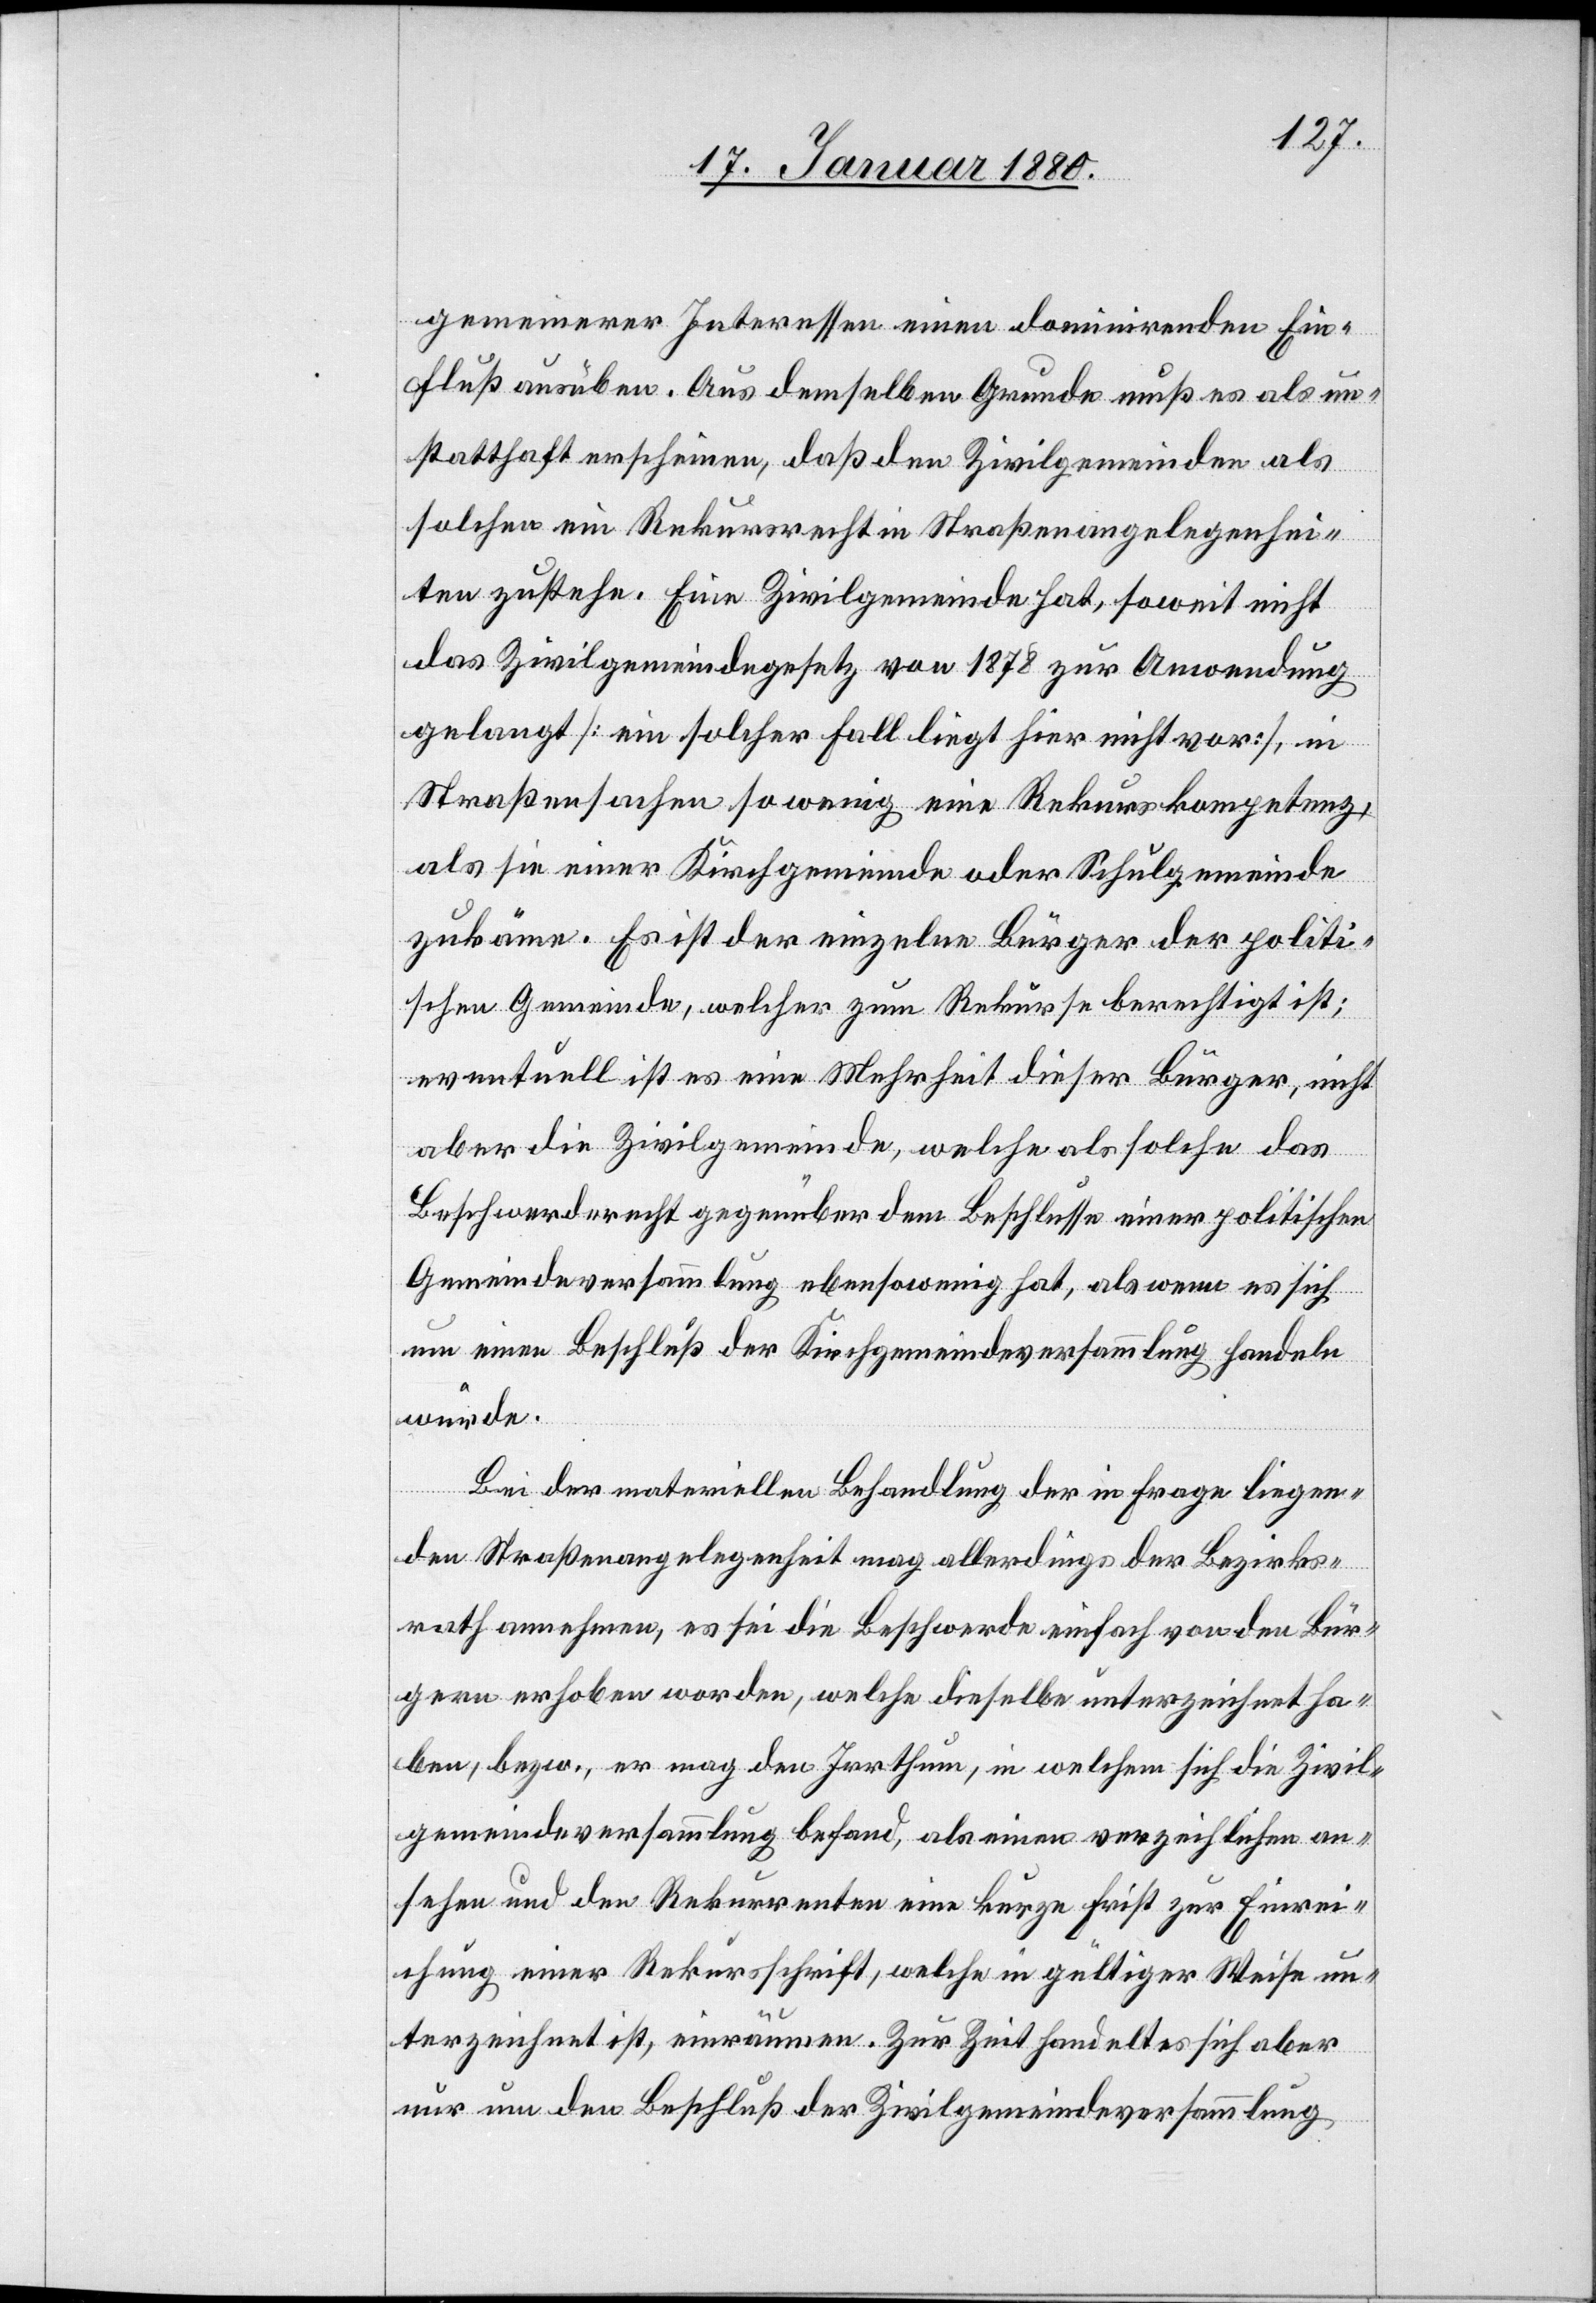
gemeinerer Interessen einen dominirenden Ein¬
fluß ausüben. Aus demselben Grunde muß es als un¬
statthaft erscheinen, daß den Zivilgemeinden als
solchen ein Rekursrecht in Straßenangelegenhei¬
ten zustehe. Eine Zivilgemeinde hat, soweit nicht
das Zivilgemeindegesetz von 1878 zur Anwendung
gelangt [ein solcher Fall liegt hier nicht vor], in
Straßensachen so wenig eine Rekurskompetenz,
als sie einer Kirchgemeinde oder Schulgemeinde
zukäme. Es ist der einzelne Bürger der politi¬
schen Gemeinde, welcher zum Rekurse berechtigt ist;
eventuell ist es eine Mehrheit dieser Bürger, nicht
aber die Zivilgemeinde, welche als solche das
Beschwerderecht gegenüber dem Beschlusse einer politischen
Gemeindeversammlung ebensowenig hat, als wenn es sich
um einen Beschluß der Kirchgemeindeversammlung handeln
würde.
Bei der materiellen Behandlung der in Frage liegen¬
den Straßenangelegenheit mag allerdings der Bezirks¬
rath annehmen, es sei die Beschwerde einfach von den Bür¬
gern erhoben worden, welche dieselbe unterzeichnet ha¬
ben, bezw. er mag den Irrthum, in welchem sich die Zivil¬
gemeindeversammlung befand, als einen verzeihlichen an¬
sehen und den Rekurrenten eine kurze Frist zur Einrei¬
chung einer Rekursschrift, welche in gültiger Weise un¬
terzeichnet ist, einräumen. Zur Zeit handelt es sich aber
nur um den Beschluß der Zivilgemeindeversammlung